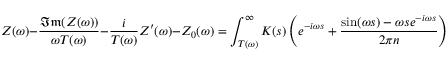
Z ( \omega ) - \frac { \mathfrak { I m } ( Z ( \omega ) ) } { \omega T ( \omega ) } - \frac { i } { T ( \omega ) } Z ^ { \prime } ( \omega ) - Z _ { 0 } ( \omega ) = \int _ { T ( \omega ) } ^ { \infty } K ( s ) \left( e ^ { - i \omega s } + \frac { \sin ( \omega s ) - \omega s e ^ { - i \omega s } } { 2 \pi n } \right) d s .